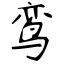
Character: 鸾